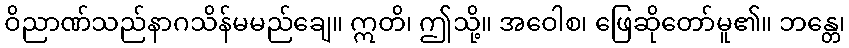
ဝိညာဏ်သည်နာဂသိန်မမည်ချေ။ ဣတိ၊ ဤသို့။ အဝေါစ၊ ဖြေဆိုတော်မူ၏။ ဘန္တေ၊